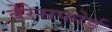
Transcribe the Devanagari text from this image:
बेरेसफोर्ड